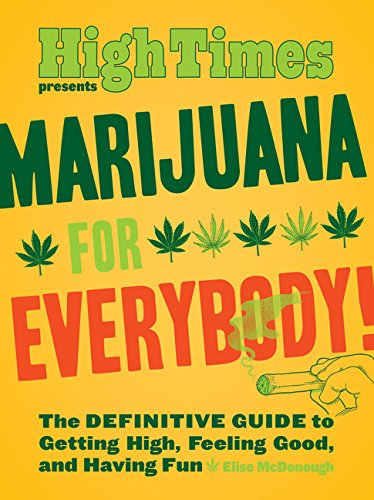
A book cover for Marijuana for Everybody!: The DEFINITIVE GUIDE to Getting High, Feeling Good, and Having Fun; Elise McDonough; Humor & Entertainment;